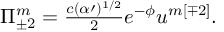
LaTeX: \Pi _ { \pm 2 } ^ { m } = { \textstyle \frac { c ( \alpha \prime ) ^ { 1 / 2 } } { 2 } } e ^ { - \phi } u ^ { m [ \mp 2 ] } .